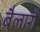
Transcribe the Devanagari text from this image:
बैलारों